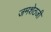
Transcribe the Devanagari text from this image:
जमशेठजी